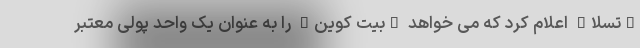
"تسلا" اعلام کرد که می خواهد "بیت کوین" را به عنوان یک واحد پولی معتبر